Indian journal of veterinary science and animal husbandry - Volumes 18-21, 1948-1951
Year: 1948
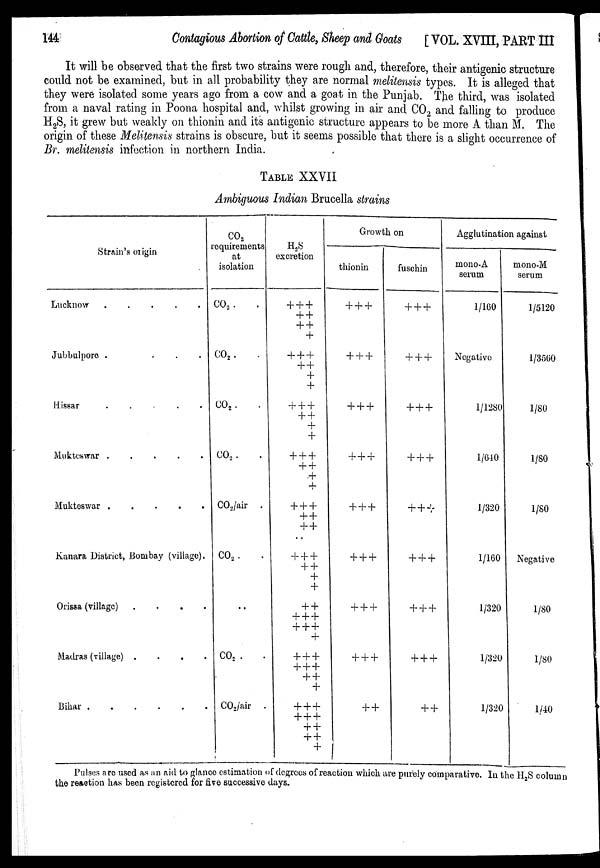
144
Contagious Abortion of Cattle, Sheep and Goats [VOL. XVIII, PART III
It will be observed that the first two strains were rough and, therefore, their antigenic structure
could not be examined, but in all probability they are normal melitensis types. It is alleged that
they were isolated some years ago from a cow and a goat in the Punjab. The third, was isolated
from a naval rating in Poona hospital and, whilst growing in air and CO 2 and falling to produce
H 2 S, it grew but weakly on thionin and its antigenic structure appears to be more A than M. The
origin of these Melitensis strains is obscure, but it seems possible that there is a slight occurrence of
Br. melitensis infection in northern India.
TABLE XXVII
Ambiguous Indian Brucella strains
Strain's origin
Lucknow
.
.
.
.
.
Jubbulpore
.
.
.
.
.
Hissar
.
.
.
.
.
Mukteswar
.
.
.
.
.
Mukteswar
.
.
.
.
.
Kanara District, Bombay (village).
Orissa (village) . . . . .
Madras (village) . . . . .
Bihar
.
.
.
.
.
CO 2
requirements
at
isolation
CO 2 . .
CO 2 . .
CO 2 . .
CO 2 . .
CO 2 /air .
CO 2 .
. .
CO 2 . .
CO 2 /air .
H 2 S
excretion
+++
++
++
+
+++
++
+
+
+++
++
+
+
+++
++
+
+
+++
++
++
+++
++
+
+
++
+++
+++
+
+++
+++
++
+
+++
+++
++
++
+
Growth on
thionin
+++
+++
+++
+++
+++
+++
+++
+++
++
fuschin
+++
+++
+++
+++
+++
+++
+++
+++
++
Agglutination against
mono-A
serum
1/100
Negative
1/1280
1/640
1/320
1/160
1/320
1/320
1/320
mono-M
serum
1/5120
1/3560
1/80
1/80
1/80
Negative
1/80
1/80
1/40
Pulses are used as an aid to glance estimation of degrees of reaction which are purely comparative. In the H 2 S column
the reaction has been registered for five successive days.